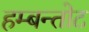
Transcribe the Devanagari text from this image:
हम्बन्तोट